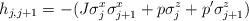
LaTeX: \begin{align*}h_{j,j+1} = -(J \sigma_j^x \sigma_{j+1}^x + p \sigma_j^z + p'\sigma_{j+1}^z )\end{align*}